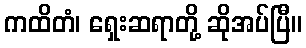
ကထိတံ၊ ရှေးဆရာတို့ ဆိုအပ်ပြီ။